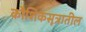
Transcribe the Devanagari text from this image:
कौशिकसूत्रातील